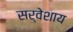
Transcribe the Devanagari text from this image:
सर्वेशाय